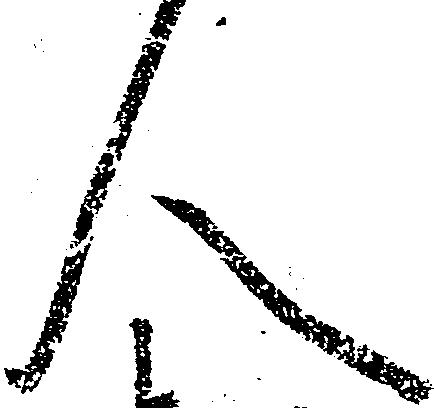
人